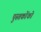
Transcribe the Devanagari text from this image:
पुस्‍तकोंको